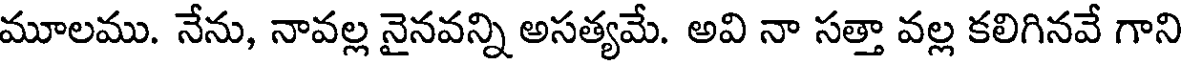
మూలము. నేను, నావల్ల నైనవన్ని అసత్యమే. అవి నా సత్తా వల్ల కలిగినవే గాని